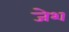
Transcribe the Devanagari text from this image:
जेश